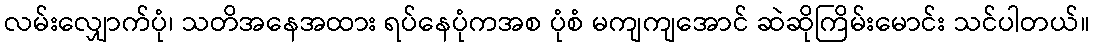
လမ်းလျှောက်ပုံ၊ သတိအနေအထား ရပ်နေပုံကအစ ပုံစံ မကျကျအောင် ဆဲဆိုကြိမ်းမောင်း သင်ပါတယ်။